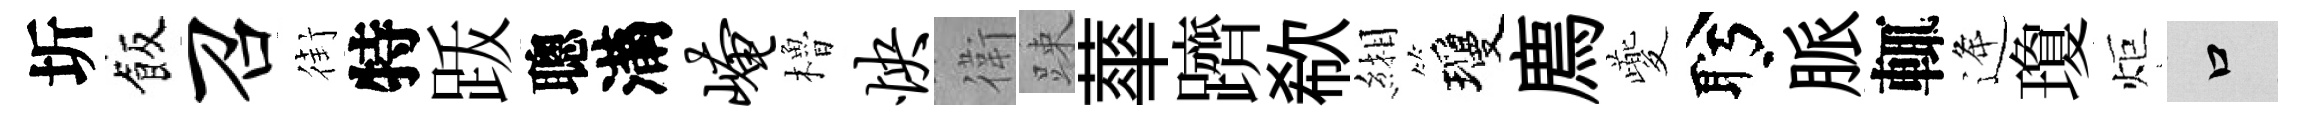
圻飯召街特䟦聰滿崦櫓怏衛踈蕐躋欷緗瓊廌夔盻脈輒逄瓊炬口